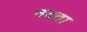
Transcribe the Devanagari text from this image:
नदवा